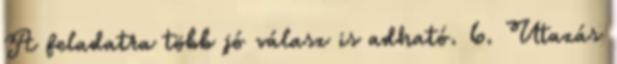
A feladatra több jó válasz is adható. 6. Utazás